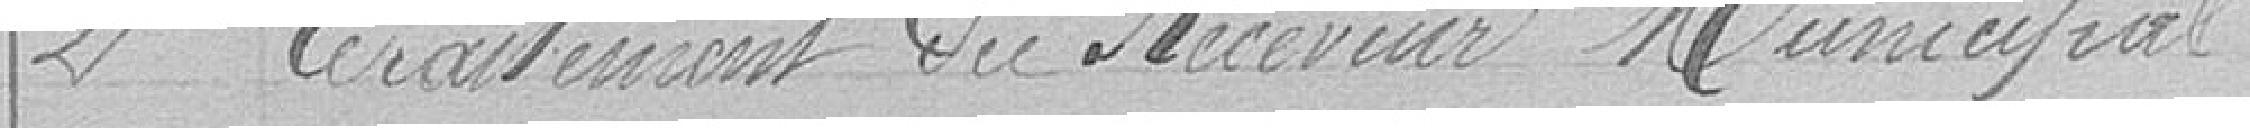
2 Traitement du Receveur Municipal